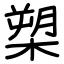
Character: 槊